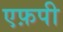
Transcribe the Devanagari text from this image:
एफ़पी